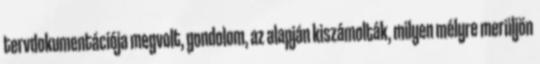
tervdokumentációja megvolt, gondolom, az alapján kiszámolták, milyen mélyre merüljön